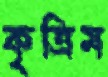
কৃত্রিম